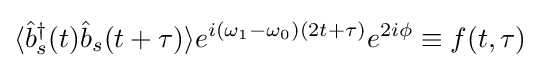
\langle {\hat {b}}_{s}^{\dagger }(t){\hat {b}}_{s}(t+\tau )\rangle e^{i(\omega _{1}-\omega _{0})(2t+\tau )}e^{2i\phi }\equiv f(t,\tau )